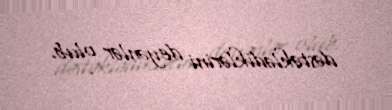
dəstəklədiklərini deyənlər olub.